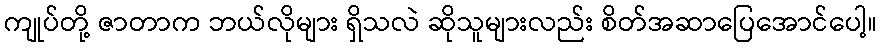
ကျုပ်တို့ ဇာတာက ဘယ်လိုများ ရှိသလဲ ဆိုသူများလည်း စိတ်အဆာပြေအောင်ပေါ့။